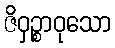
ဇိဝှဉ္စာဝုသော